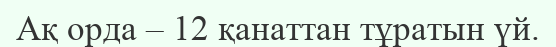
Ақ орда – 12 қанаттан тұратын үй.